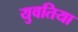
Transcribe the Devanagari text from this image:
युवतिया